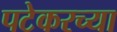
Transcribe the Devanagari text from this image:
पटेकरच्या